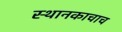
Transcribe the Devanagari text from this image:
स्थानकाचाच